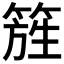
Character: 𥰁